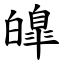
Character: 皥